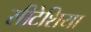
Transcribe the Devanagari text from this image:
सीटेशिया